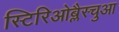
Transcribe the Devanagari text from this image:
स्टिरिओब्लैस्चुआ